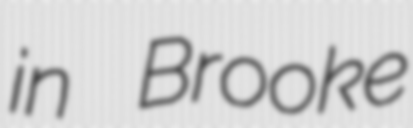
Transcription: in Brooke